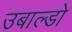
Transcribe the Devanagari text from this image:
उबाल्डो